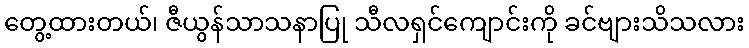
တွေ့ထားတယ်၊ ဇီယွန်သာသနာပြု သီလရှင်ကျောင်းကို ခင်ဗျားသိသလား